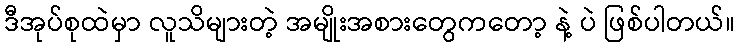
ဒီအုပ်စုထဲမှာ လူသိများတဲ့ အမျိုးအစားတွေကတော့ နဲ့ ပဲ ဖြစ်ပါတယ်။